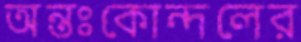
অন্তঃকোন্দলের